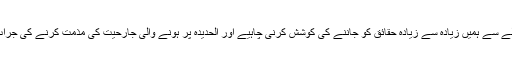
الحدیدہ کے حوالے سے ہمیں زیادہ سے زیادہ حقائق کو جاننے کی کوشش کرنی چاہیے اور الحدیدہ پر ہونے والی جارحیت کی مذمت کرنے کی جرات کرنی چاہیے۔